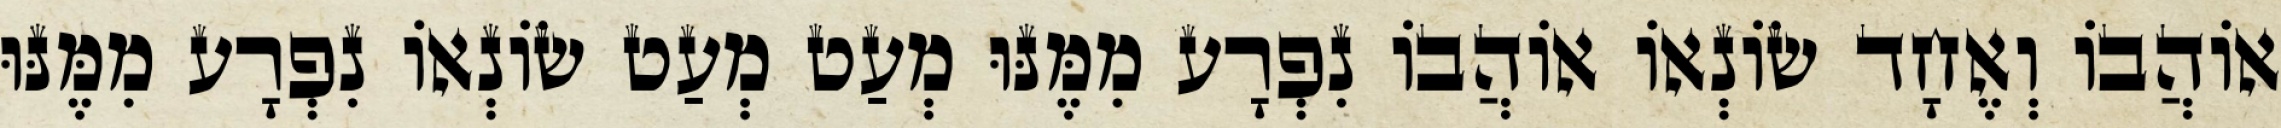
אוֹהֲבוֹ וְאֶחָד שׂוֹנְאוֹ אוֹהֲבוֹ נִפְרָע מִמֶּנּוּ מְעַט מְעַט שׂוֹנְאוֹ נִפְרָע מִמֶּנּוּ